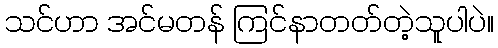
သင်ဟာ အင်မတန် ကြင်နာတတ်တဲ့သူပါပဲ။